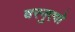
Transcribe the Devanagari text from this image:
बरनुएवो